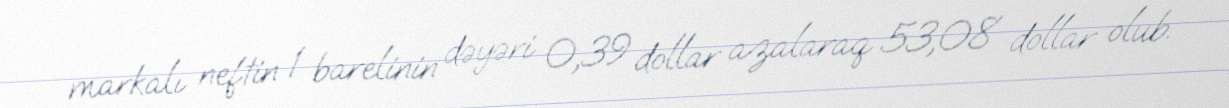
markalı neftin 1 barelinin dəyəri 0,39 dollar azalaraq 53,08 dollar olub.